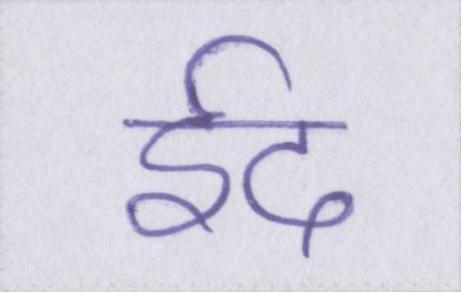
ईद